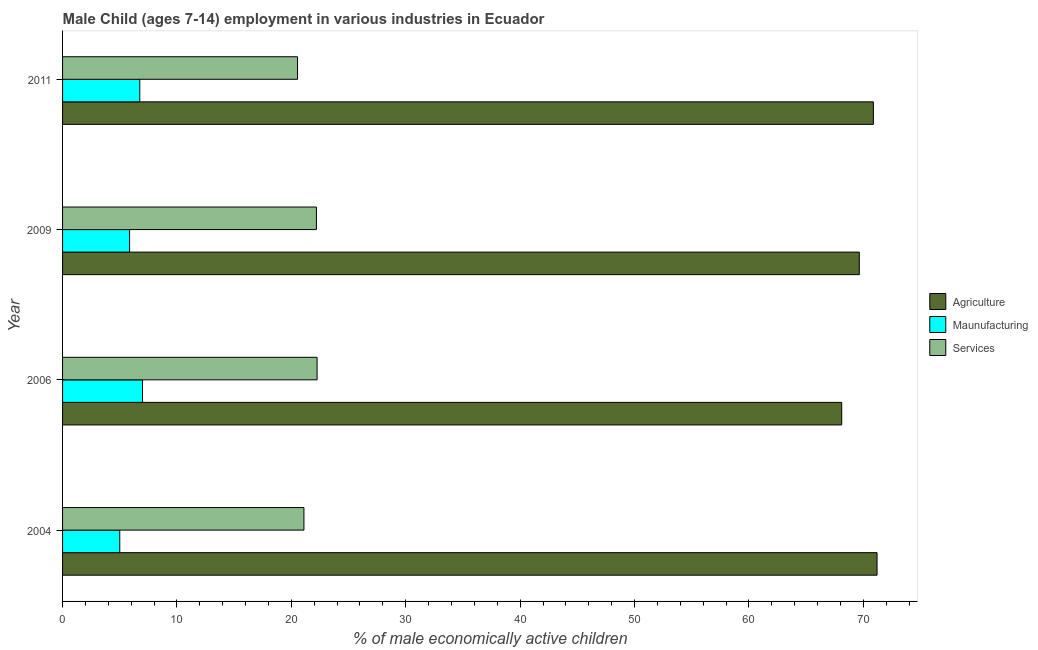
| Year | Agriculture | Maunufacturing | Services |
 | --- | --- | --- | --- |
 | 2004 | 71.2 | 5 | 21.1 |
 | 2006 | 68.1 | 6.99 | 22.2 |
 | 2009 | 69.7 | 5.86 | 22.2 |
 | 2011 | 70.9 | 6.75 | 20.5 |